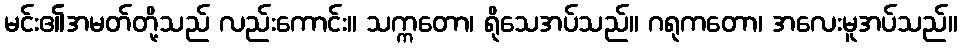
မင်း၏အမတ်တို့သည် လည်းကောင်း။ သက္ကတော၊ ရိုသေအပ်သည်။ ဂရုကတော၊ အလေးမူအပ်သည်။